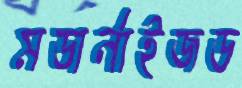
মডার্নাইজড